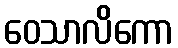
ဝေသာလိကော